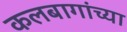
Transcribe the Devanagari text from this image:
कलबागांच्या